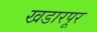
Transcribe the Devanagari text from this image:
खडारपूर